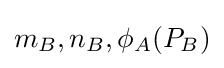
m_{B},n_{B},\phi _{A}(P_{B})